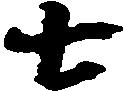
七